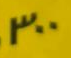
300